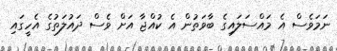
ނަމަވެސް އެ މައްސަލައިގެ ބާވަތުން އެ ކުއްޖާ އަށް ވެސް ދައުލަތުގެ އެހީގައި